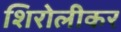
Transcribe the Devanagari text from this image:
शिरोलीकर